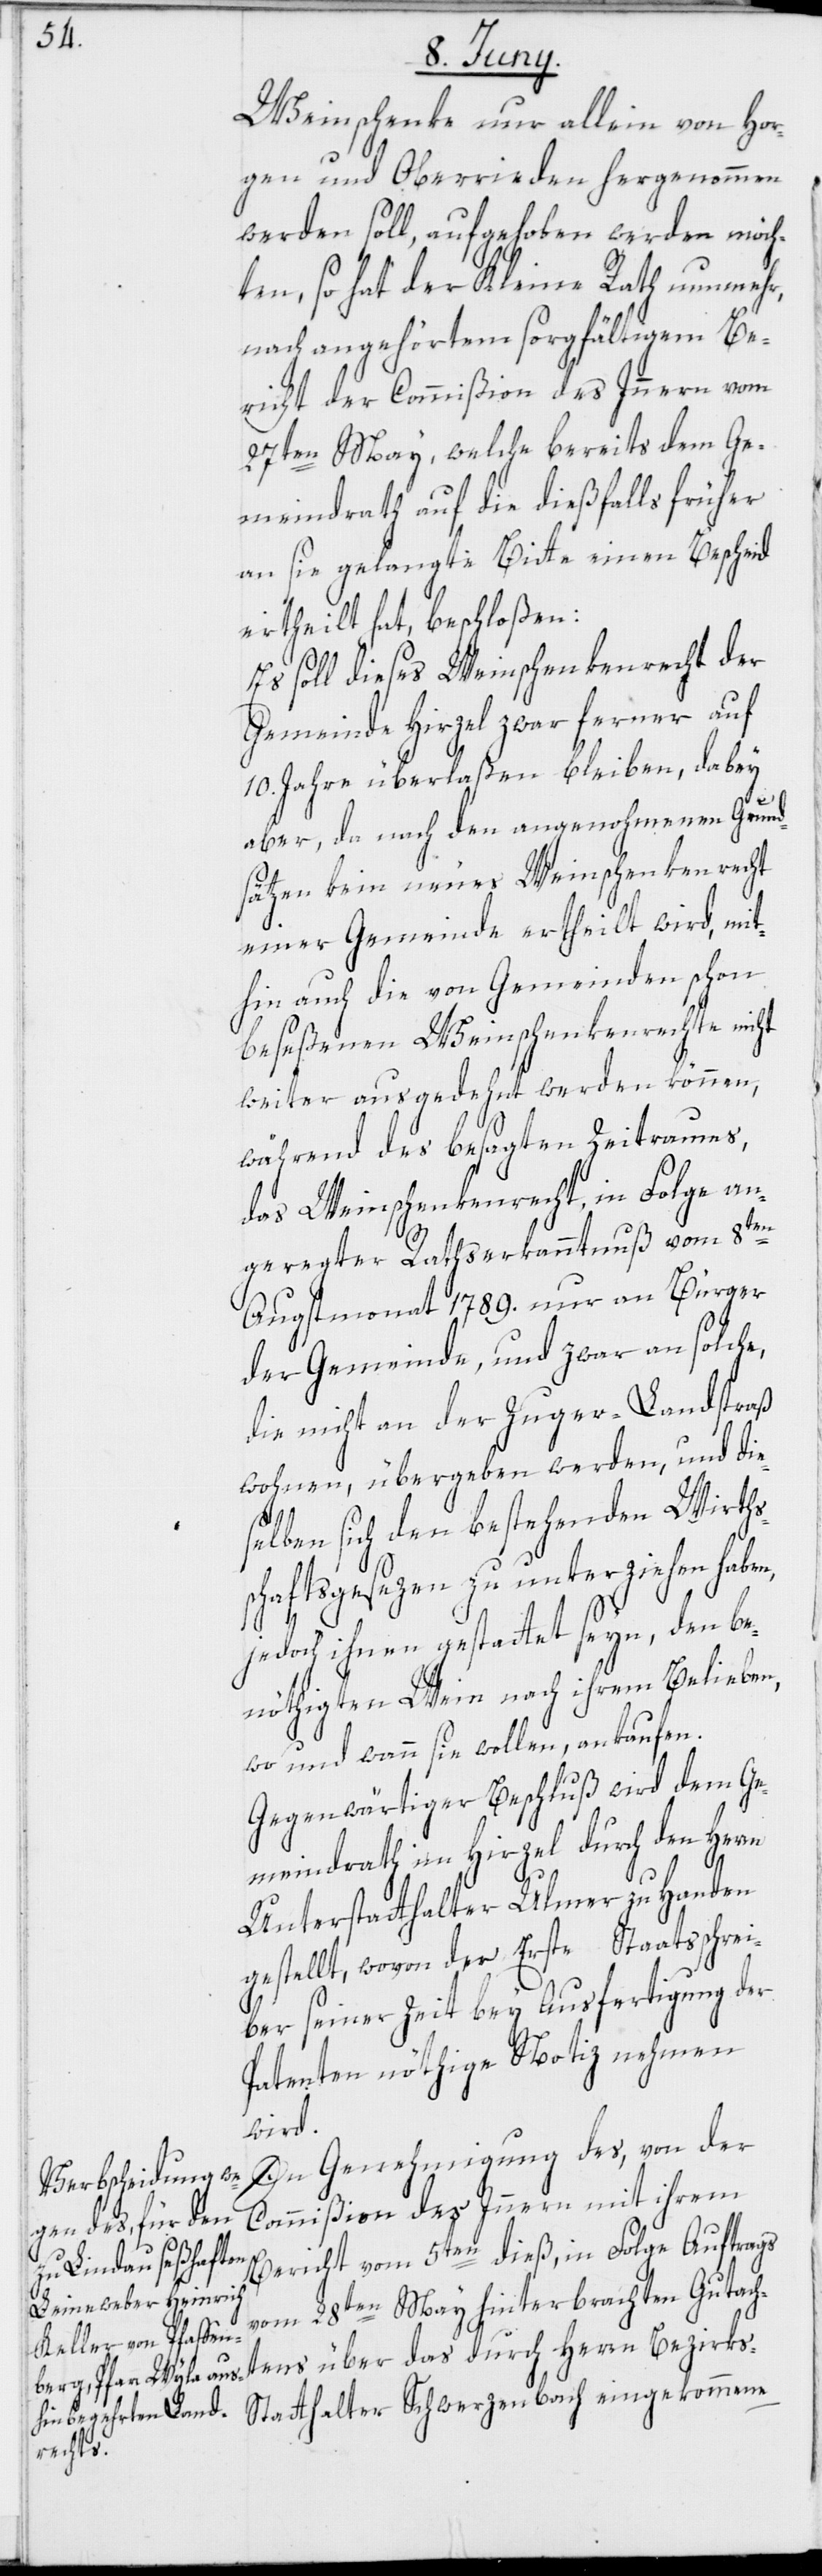
Weinschenke nur allein von Hor¬
gen und Oberrieden hergenommen
werden soll, aufgehoben werden möch¬
ten, so hat der Kleine Rath nunmehr,
nach angehörtem sorgfältigem Be¬
richt der Commißion des Innern vom
27ten May, welche bereits dem Ge¬
meindrath auf die dießfalls früher
an sie gelangte Bitte einen Bescheid
ertheilt hat, beschloßen:
Es soll dieses Weinschenkenrecht der
Gemeinde Hirzel zwar ferner auf
10. Jahre überlaßen bleiben, dabey
aber, da nach den angenohmenen Grund¬
sätzen kein neues Weinschenkenrecht
einer Gemeinde ertheilt wird, mit¬
hin auch die von Gemeinden schon
beseßenen Weinschenkenrechte nicht
weiter ausgedehnt werden können,
während des besagten Zeitraumes,
das Weinschenkenrecht, in Folge an¬
geregter Rathserkanntnuß vom 8ten
Augstmonat 1789. nur an Bürger
der Gemeinde, und zwar an solche,
die nicht an der Zuger-Landstraß
wohnen, übergeben werden, und die¬
selben sich den bestehenden Wirth¬
schaftsgesezen zu unterziehen haben,
jedoch ihnen gestattet seyn, den be¬
nöthigten Wein nach ihrem Belieben,
wo und wann sie wollen, ankaufen.
Gegenwärtiger Beschluß wird dem Ge¬
meindrath im Hirzel durch den Herrn
Unterstatthalter Ulmer zu Handen
gestellt, wovon der Erste Staatsschrei¬
ber seiner Zeit bey Ausfertigung der
Patenten nöthige Notiz nehmen
wird.
In Genehmigung des, von der
Commißion des Innern mit ihrem
Bericht vom 5ten dieß, in Folge Auftrags
vom 28ten May hinterbrachten Gutach¬
tens über das durch Herrn Bezirk¬
s-Statthalter Schwerzenbach eingekommene